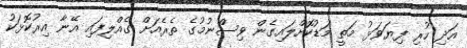
އަދި ހުރި ފިޔަވަޅު މަތީ މަޑުކޮށްލައިގެން ވިސްނުމުގެ ތެރެއަށް ގެއްލިފައި އޭނާ އިރުކޮޅަކު